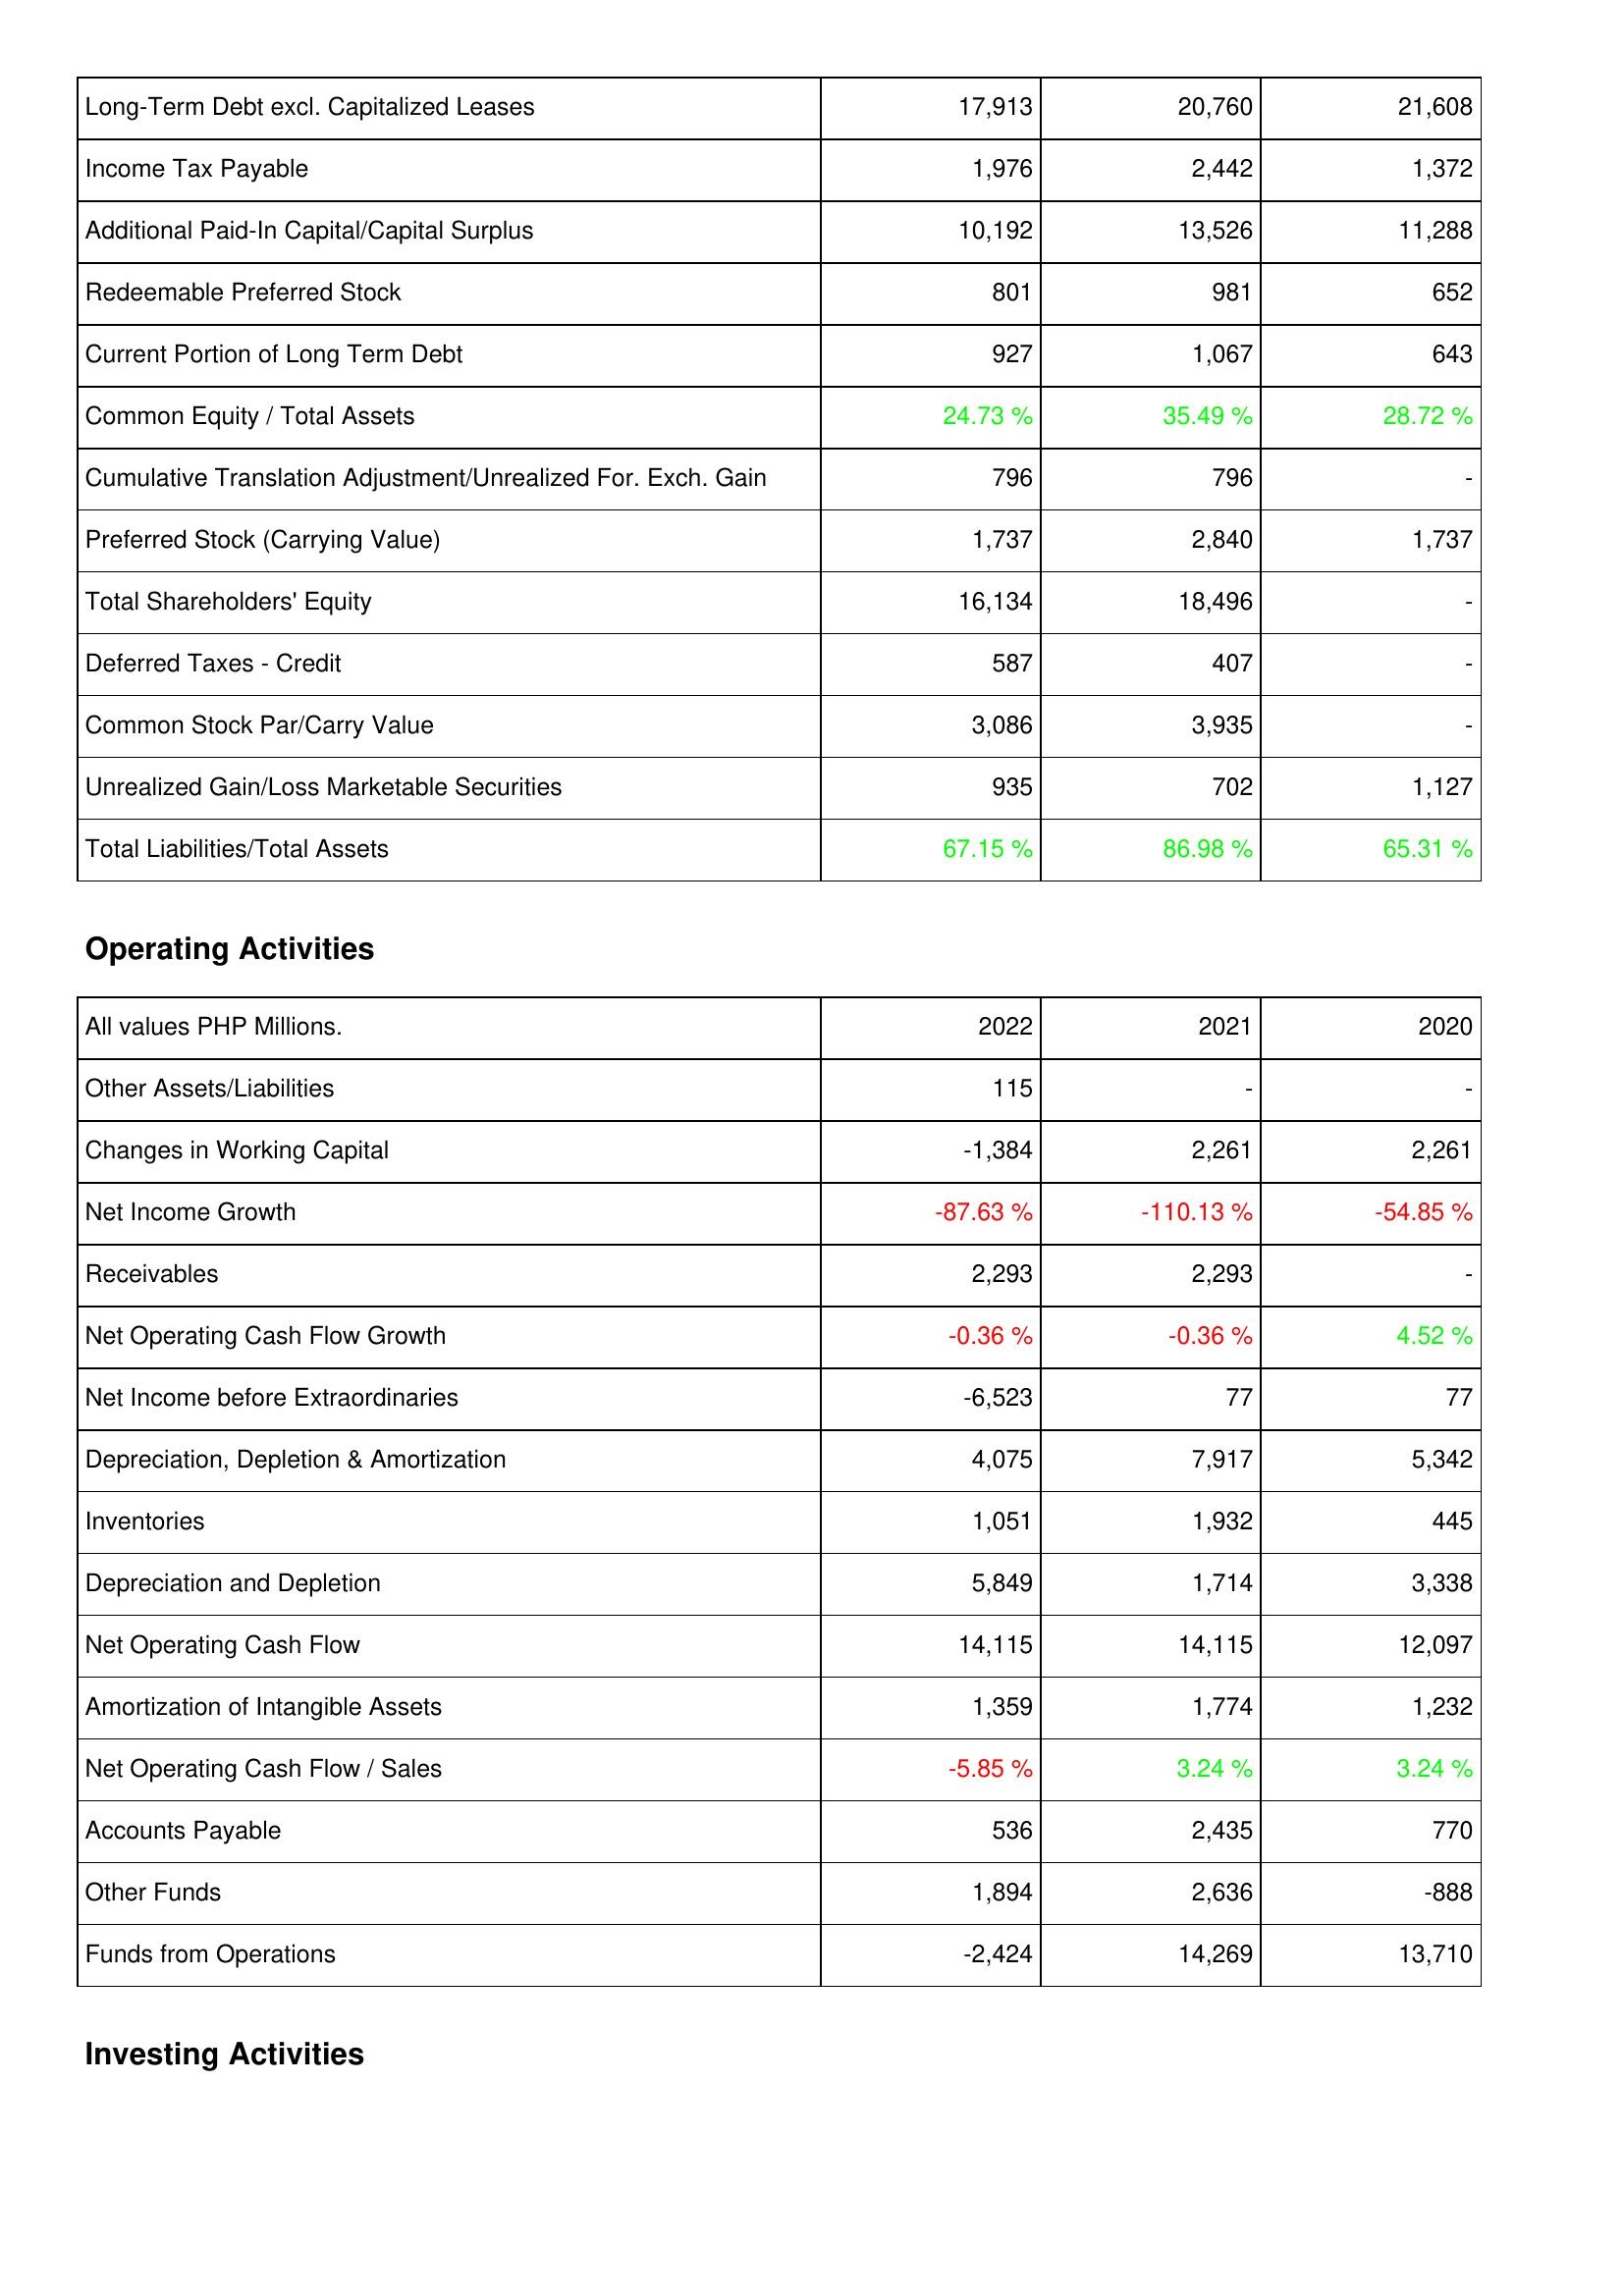
2022: Liabilities & Shareholders' Equity: Long-Term Debt excl. Capitalized Leases: 17,913
Income Tax Payable: 1,976
Additional Paid-In Capital/Capital Surplus: 10,192
Redeemable Preferred Stock: 801
Current Portion of Long Term Debt: 927
Common Equity / Total Assets: 24.73 %
Cumulative Translation Adjustment/Unrealized For. Exch. Gain: 796
Preferred Stock (Carrying Value): 1,737
Total Shareholders' Equity: 16,134
Deferred Taxes - Credit: 587
Common Stock Par/Carry Value: 3,086
Unrealized Gain/Loss Marketable Securities: 935
Total Liabilities/Total Assets: 67.15 %
Operating Activities: Other Assets/Liabilities: 115
Changes in Working Capital: -1,384
Net Income Growth: -87.63 %
Receivables: 2,293
Net Operating Cash Flow Growth: -0.36 %
Net Income before Extraordinaries: -6,523
Depreciation, Depletion & Amortization: 4,075
Inventories: 1,051
Depreciation and Depletion: 5,849
Net Operating Cash Flow: 14,115
Amortization of Intangible Assets: 1,359
Net Operating Cash Flow / Sales: -5.85 %
Accounts Payable: 536
Other Funds: 1,894
Funds from Operations: -2,424
2021: Liabilities & Shareholders' Equity: Long-Term Debt excl. Capitalized Leases: 20,760
Income Tax Payable: 2,442
Additional Paid-In Capital/Capital Surplus: 13,526
Redeemable Preferred Stock: 981
Current Portion of Long Term Debt: 1,067
Common Equity / Total Assets: 35.49 %
Cumulative Translation Adjustment/Unrealized For. Exch. Gain: 796
Preferred Stock (Carrying Value): 2,840
Total Shareholders' Equity: 18,496
Deferred Taxes - Credit: 407
Common Stock Par/Carry Value: 3,935
Unrealized Gain/Loss Marketable Securities: 702
Total Liabilities/Total Assets: 86.98 %
Operating Activities: Other Assets/Liabilities: -
Changes in Working Capital: 2,261
Net Income Growth: -110.13 %
Receivables: 2,293
Net Operating Cash Flow Growth: -0.36 %
Net Income before Extraordinaries: 77
Depreciation, Depletion & Amortization: 7,917
Inventories: 1,932
Depreciation and Depletion: 1,714
Net Operating Cash Flow: 14,115
Amortization of Intangible Assets: 1,774
Net Operating Cash Flow / Sales: 3.24 %
Accounts Payable: 2,435
Other Funds: 2,636
Funds from Operations: 14,269
2020: Liabilities & Shareholders' Equity: Long-Term Debt excl. Capitalized Leases: 21,608
Income Tax Payable: 1,372
Additional Paid-In Capital/Capital Surplus: 11,288
Redeemable Preferred Stock: 652
Current Portion of Long Term Debt: 643
Common Equity / Total Assets: 28.72 %
Cumulative Translation Adjustment/Unrealized For. Exch. Gain: -
Preferred Stock (Carrying Value): 1,737
Total Shareholders' Equity: -
Deferred Taxes - Credit: -
Common Stock Par/Carry Value: -
Unrealized Gain/Loss Marketable Securities: 1,127
Total Liabilities/Total Assets: 65.31 %
Operating Activities: Other Assets/Liabilities: -
Changes in Working Capital: 2,261
Net Income Growth: -54.85 %
Receivables: -
Net Operating Cash Flow Growth: 4.52 %
Net Income before Extraordinaries: 77
Depreciation, Depletion & Amortization: 5,342
Inventories: 445
Depreciation and Depletion: 3,338
Net Operating Cash Flow: 12,097
Amortization of Intangible Assets: 1,232
Net Operating Cash Flow / Sales: 3.24 %
Accounts Payable: 770
Other Funds: -888
Funds from Operations: 13,710